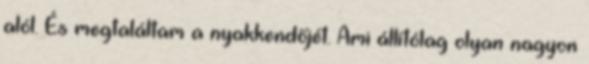
alól. És megtaláltam a nyakkendőjét. Ami állítólag olyan nagyon